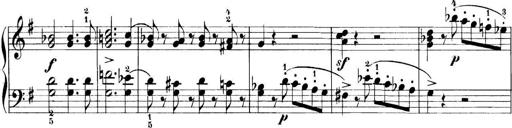
Title: 11 Sonatinas
Composer: Anton Diabelli